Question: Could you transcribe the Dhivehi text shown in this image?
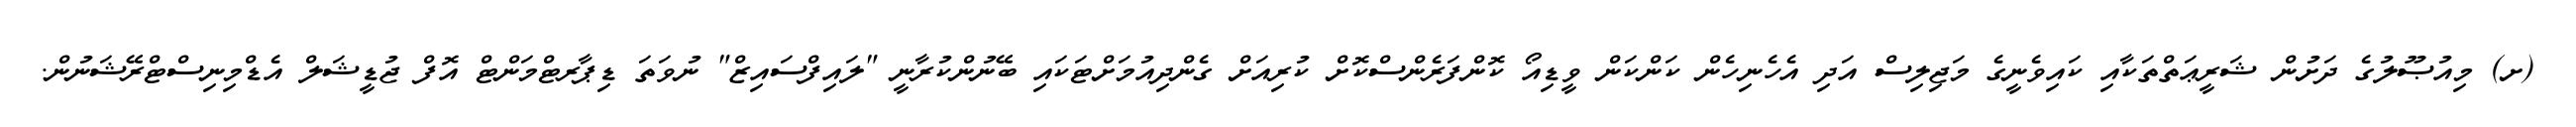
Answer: (ށ) މިއުޞޫލުގެ ދަށުން ޝަރީޢަތްތަކާއި ކައިވެނީގެ މަޖިލިސް އަދި އެހެނިހެން ކަންކަން ވީޑިއޯ ކޮންފަރެންސްކޮށް ކުރިއަށް ގެންދިއުމަށްޓަކައި ބޭނުންކުރާނީ "ލައިފްސައިޒް" ނުވަތަ ޑިޕާރޓްމަންޓް އޮފް ޖުޑީޝަލް އެޑްމިނިސްޓްރޭޝަނުން.